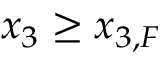
x _ { 3 } \ge x _ { 3 , F }